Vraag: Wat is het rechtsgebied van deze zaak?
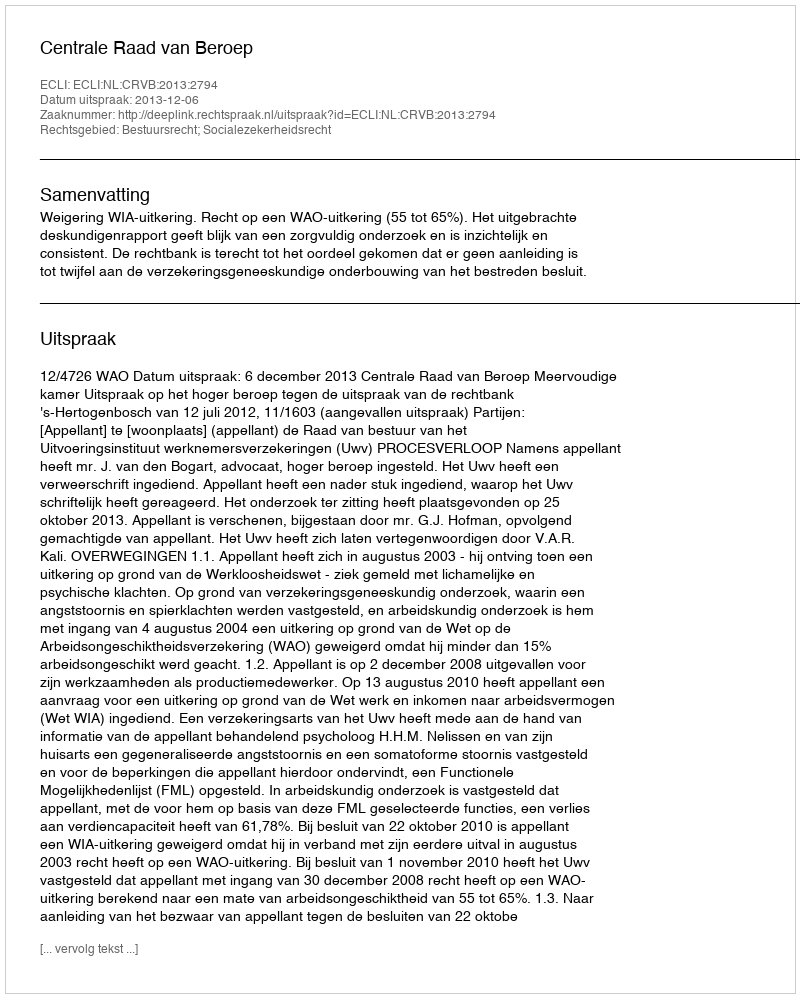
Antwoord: Bestuursrecht; Socialezekerheidsrecht